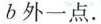
b外一点.